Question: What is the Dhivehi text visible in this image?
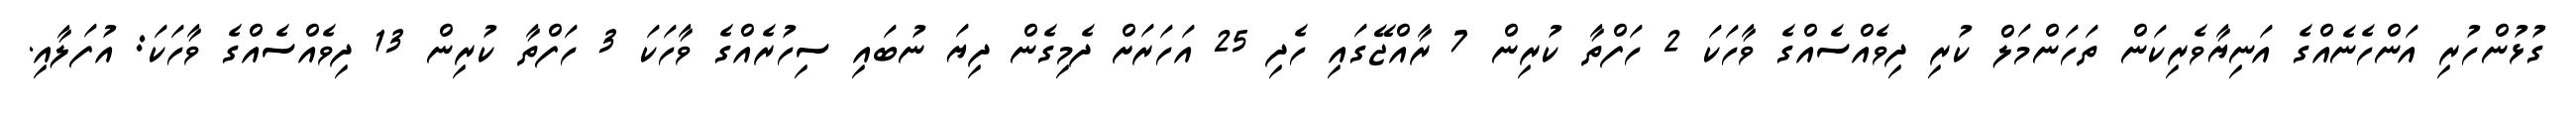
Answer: ގުޅުންހުރި އަންހެނެއްގެ އަނިޔާވެރިކަން ތަހަންމަލް ކުރި ދިވެއްސެއްގެ ވާހަކަ 2 ހަފްތާ ކުރިން 7 ރާއްޖޭގައި ހެދި 25 އަހަރަށް ދެމިގެން ދިޔަ ނުބައި ސިހުރެއްގެ ވާހަކަ 3 ހަފްތާ ކުރިން 13 ދިވެއްސެއްގެ ވާހަކަ: އުފަލާއި.